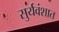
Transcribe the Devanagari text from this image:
सुर्यवंशात